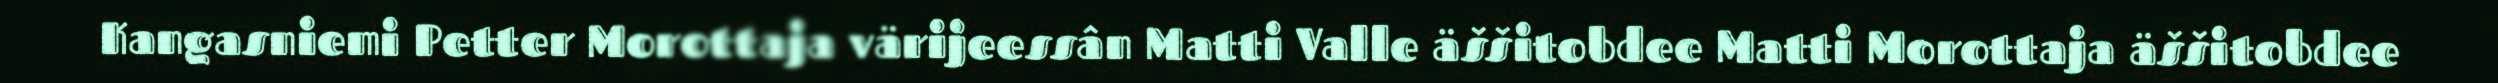
Kangasniemi Petter Morottaja värijeessân Matti Valle äššitobdee Matti Morottaja äššitobdee